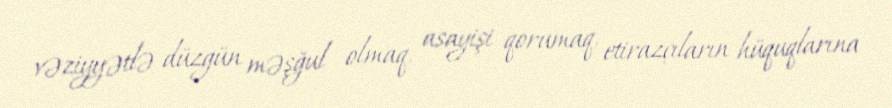
vəziyyətlə düzgün məşğul olmaq, asayişi qorumaq, etirazçıların hüquqlarına